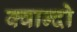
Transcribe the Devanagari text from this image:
क्वान्दो